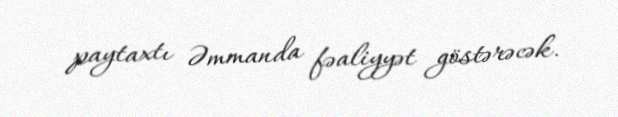
paytaxtı Əmmanda fəaliyyət göstərəcək.